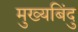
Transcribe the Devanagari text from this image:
मुख्यबिंदु